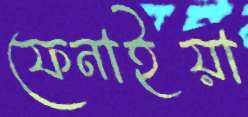
ফেনাইয়া